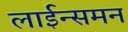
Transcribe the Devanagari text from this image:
लाईन्समन